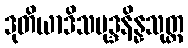
ဒုတိယာဒိသမုဒ္ဒနိန္နသုတ္တ